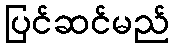
ပြင်ဆင်မည်